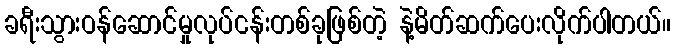
ခရီးသွားဝန်ဆောင်မှုလုပ်ငန်းတစ်ခုဖြစ်တဲ့ နဲ့မိတ်ဆက်ပေးလိုက်ပါတယ်။